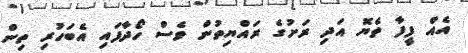
އެއް ފީފާ ތެޔޮ އަދި ރަށުގެ ރައްޔިތުން ވެސް ހޯދާފައި އެބަހުރި ތިން